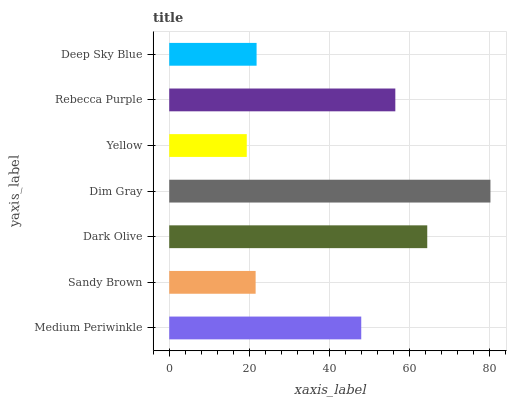
| yaxis_label | bars |
 | --- | --- |
 | Medium Periwinkle | 48 |
 | Sandy Brown | 21.6 |
 | Dark Olive | 64.5 |
 | Dim Gray | 80.3 |
 | Yellow | 19.4 |
 | Rebecca Purple | 56.5 |
 | Deep Sky Blue | 21.8 |